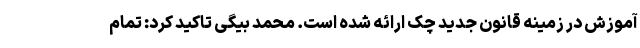
آموزش در زمینه قانون جدید چک ارائه شده است. محمد بیگی تاکید کرد: تمام